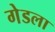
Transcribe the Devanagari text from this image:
गेडला